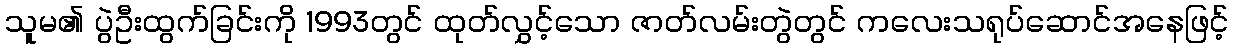
သူမ၏ ပွဲဦးထွက်ခြင်းကို 1993တွင် ထုတ်လွှင့်သော ဇာတ်လမ်းတွဲတွင် ကလေးသရုပ်ဆောင်အနေဖြင့်